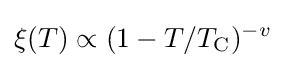
\xi (T)\propto (1-T/T_{\text{C}})^{-v}